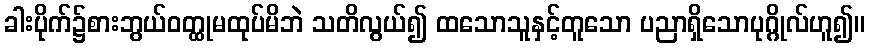
ခါးပိုက်၌စားဘွယ်ဝတ္ထုမထုပ်မိဘဲ သတိလွယ်၍ ထသောသူနှင့်တူသော ပညာရှိသောပုဂ္ဂိုလ်ဟူ၍။